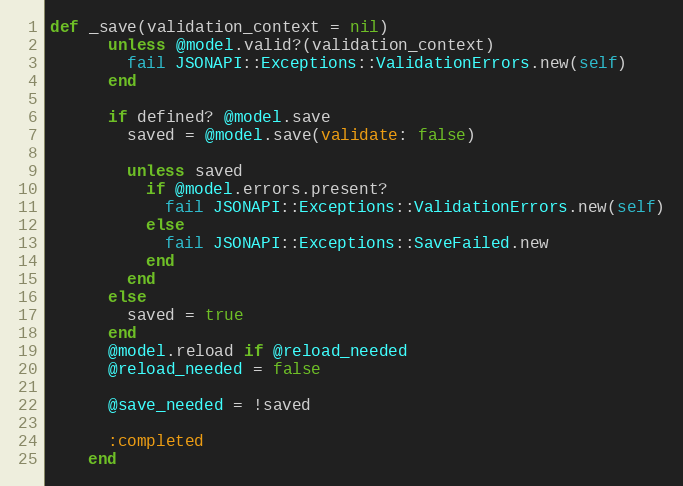
Language: Ruby
def _save(validation_context = nil)
      unless @model.valid?(validation_context)
        fail JSONAPI::Exceptions::ValidationErrors.new(self)
      end

      if defined? @model.save
        saved = @model.save(validate: false)

        unless saved
          if @model.errors.present?
            fail JSONAPI::Exceptions::ValidationErrors.new(self)
          else
            fail JSONAPI::Exceptions::SaveFailed.new
          end
        end
      else
        saved = true
      end
      @model.reload if @reload_needed
      @reload_needed = false

      @save_needed = !saved

      :completed
    end